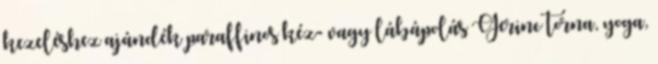
kezeléshez ajándék paraffinos kéz- vagy lábápolás Gerinc torna, yoga,